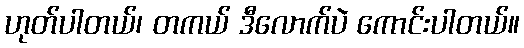
ဟုတ်ပါတယ်၊ တကယ် ဒီလောက်ပဲ ကောင်းပါတယ်။